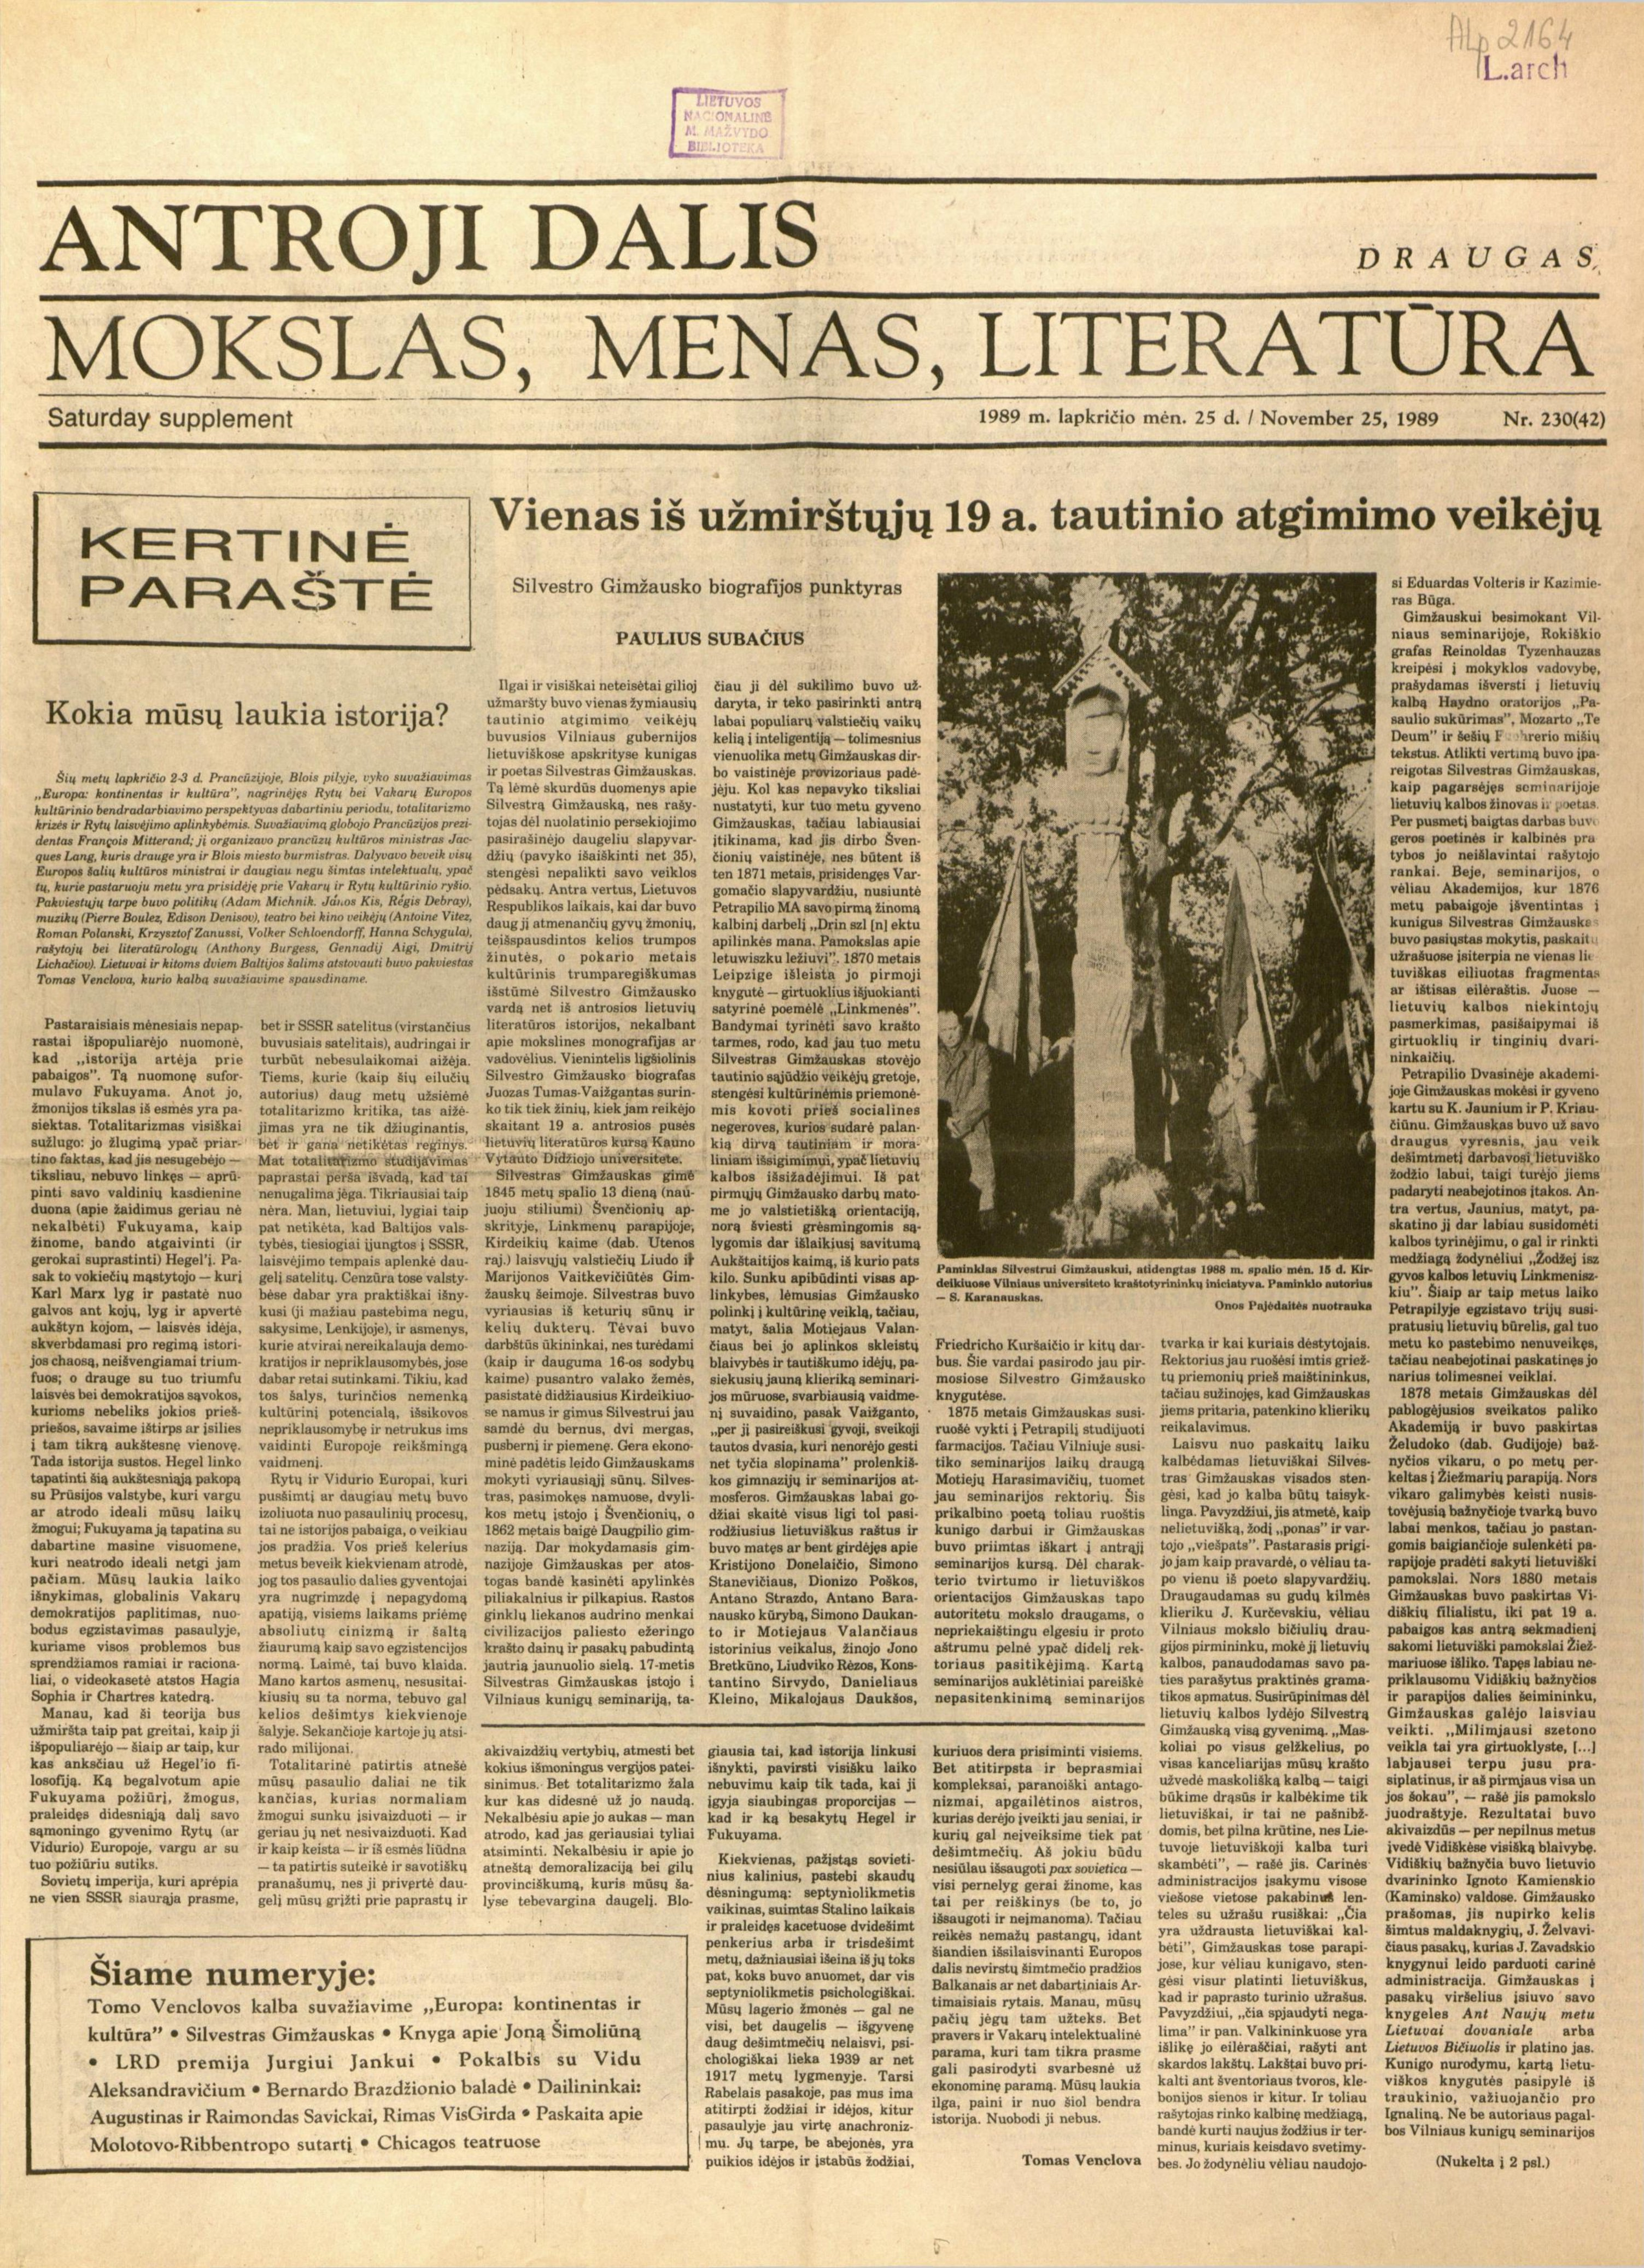
Language: lt